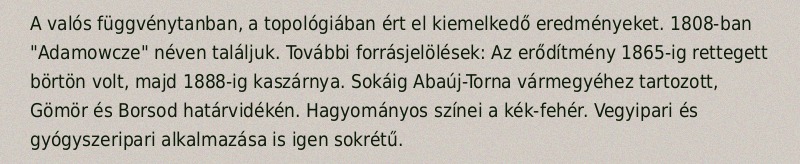
A valós függvénytanban, a topológiában ért el kiemelkedő eredményeket. 1808-ban "Adamowcze" néven találjuk. További forrásjelölések: Az erődítmény 1865-ig rettegett börtön volt, majd 1888-ig kaszárnya. Sokáig Abaúj-Torna vármegyéhez tartozott, Gömör és Borsod határvidékén. Hagyományos színei a kék-fehér. Vegyipari és gyógyszeripari alkalmazása is igen sokrétű.